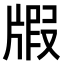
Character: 𤗜